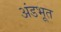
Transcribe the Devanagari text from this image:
अंडभूत